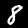
Label: 8